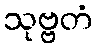
သုဗ္ဗတံ